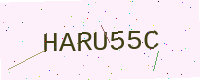
Text: HARU55C